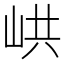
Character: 𡶵